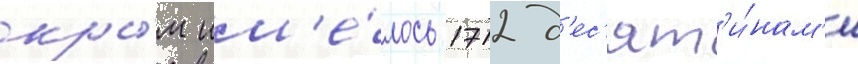
кры́м им'е́лось 1712 д'ес'ят'и́нам'и